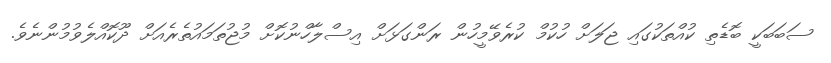
ސަބަބަކީ ބޮޑެތި ކުއްތަކުގައި ޖަލަށް ހުކުމް ކުރެވޭމީހުން ރަންގަޅަށް އިސްލާހްނުކޮށް މުޖުތަމައުތެރެއަށް ދޫކޮއްލެވުމުންނެވެ.